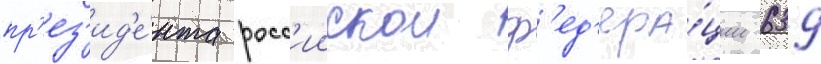
пр'ез'ид'е́нта росс'иискои ф'ед'ера́ции 639